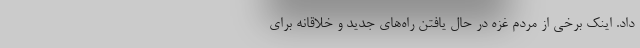
داد. اینک برخی از مردم غزه در حال یافتن راه‌های جدید و خلاقانه برای